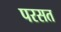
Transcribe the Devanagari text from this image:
परसत